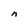
Character: n